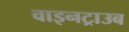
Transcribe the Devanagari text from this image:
वाइनट्राउब